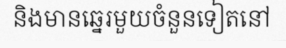
និងមានឆ្នេរមួយចំនួនទៀតនៅ